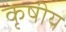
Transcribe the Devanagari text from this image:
कृषीय